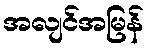
အလျင်အမြန်